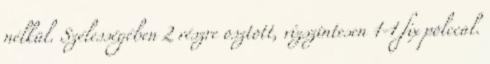
nélkül. Szélességében 2 részre osztott, vízszintesen 1-1 fix polccal.